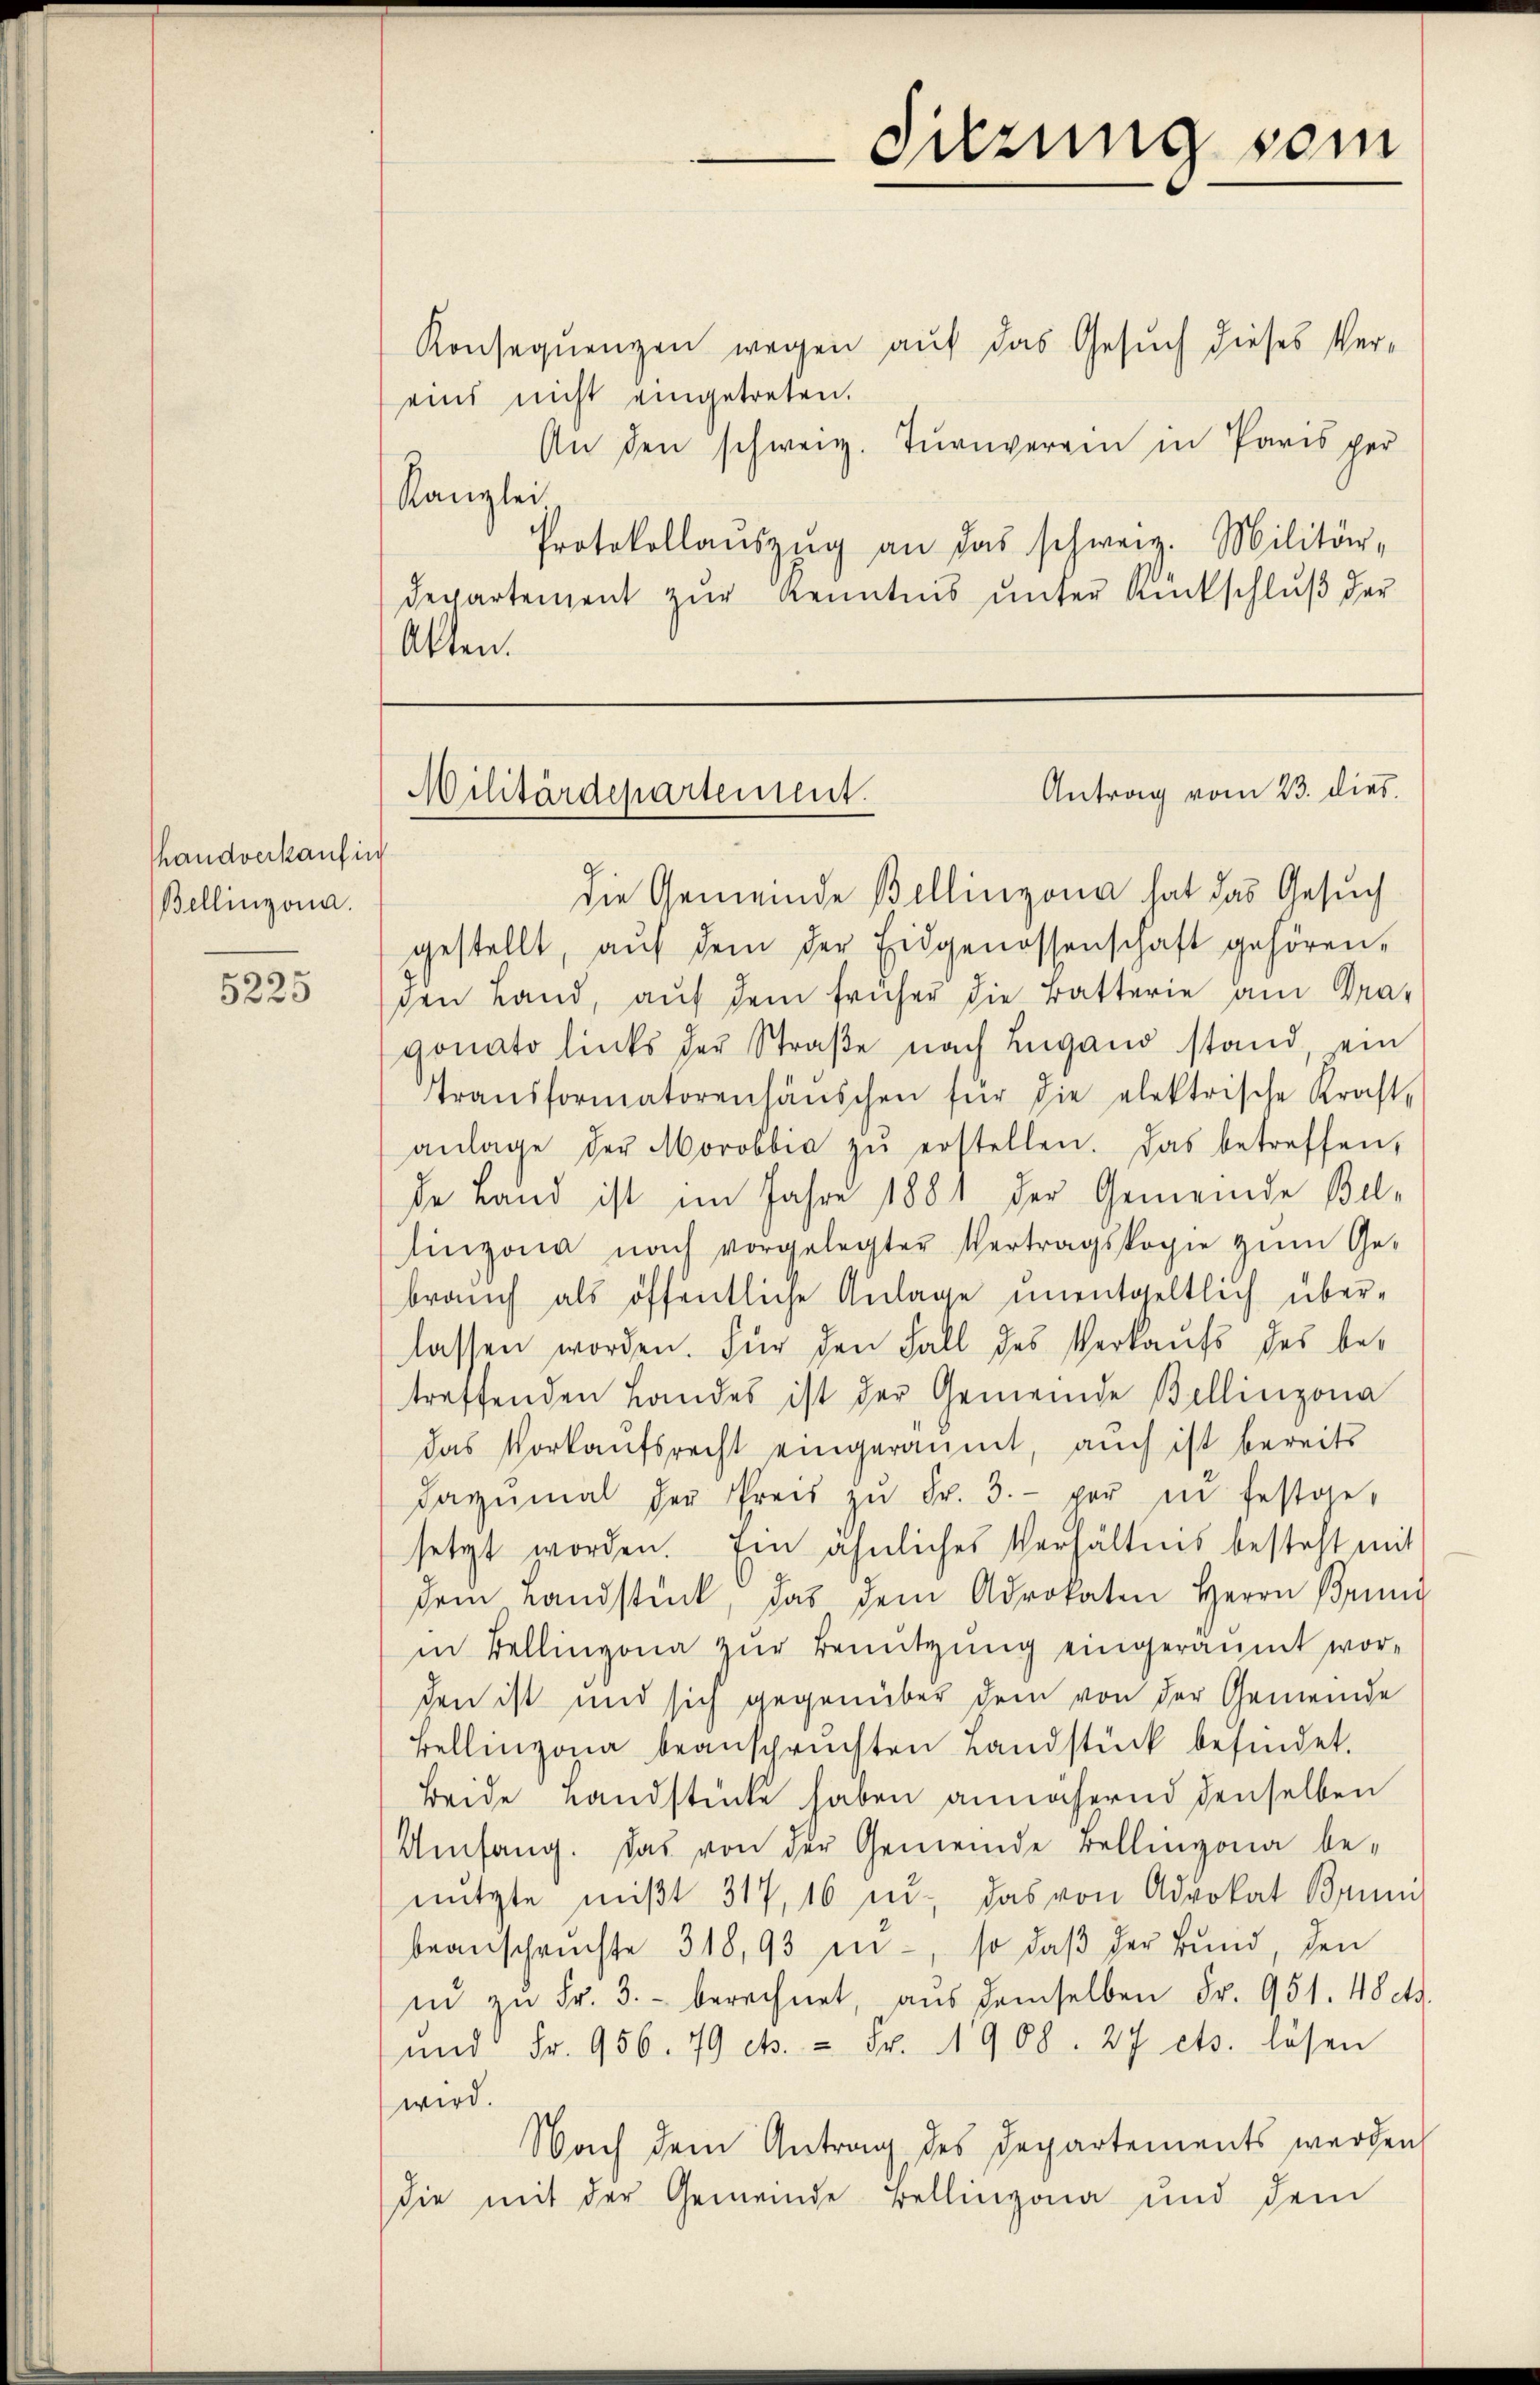
5225

handverkauf in
Bellinzona.

Konsequenzen wegen auf das Gesuch dieses Vereins nicht eingetreten.
An den schweiz. Tŭrnverein in Paris per
Kanzlei
Protokollaŭszŭg an das schweiz. Militär-
departement zŭr Kenntnis ŭnter Rückschlŭβ der
Akten.

Antrag vom 23. dies
Militärdepartement.
f

Sitzung sein

die Gemeinde Bellinzona hat das Gesuch
gestellt, aŭf dem der Eidgenossenschaft gehören,
sen Land, aŭf dem früher die Batterie am Dra-
gonato links der Straβe nach Lugand stand ein
transformatorensäŭschen für die elektrische Kraft-
anlage der Morobbia zŭ erstellen. Das betreffen,
de Land ist im Jahre 1881 der Gemeinde Bel-
linzona nach vorgelegter Vertragskopie zŭm Ge-
braŭch als öffentliche Anlage unentgeltlich über-
lassen worden. Für den Fall des Verkaufs des betreffenden Landes ist der Gemeinde Bellinzona
das Vorkaufsrecht eingeräumt, auch ist bereits
dazumal der Preis zŭ Fr. 3. per in festge-
setzt worden. Ein ähnliches Verhältnis besteht mit
dem Landstück, das dem Advokaten Herrn Brüng
in Bellinzona zur Benützung eingeräumt worden ist und sich gegenüber dem von der Gemeinde
Bellinzona beanspruchten Landstück befindet.
Beide Landstücke haben annähernd denselben
Umfang. Das von der Gemeinde rellinzona be-
nützte mißt 317, 16 u. das von Advokat Brüni
beanschrifte 318,93 in -, so daβ der Bund, den
in zŭ Fr. 3. berechnet, aŭs demselben Fr. 951. 48 cts.
und Fr. 956. 79 et. - Fr. 1908. 27 ets. lösen
wird.
Nach dem Antrag des Departements werden
die mit der Gemeinde Bellinzona und dem